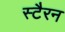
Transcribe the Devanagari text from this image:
स्टैरन